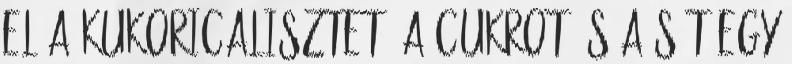
el a kukoricalisztet, a cukrot és a sót egy